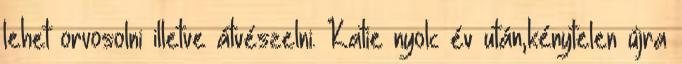
lehet orvosolni illetve átvészelni. Katie nyolc év után,kénytelen újra